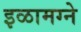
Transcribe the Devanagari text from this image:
इळामग्ने